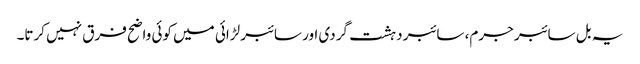
یہ بل سائبر جرم، سائبر دہشت گردی اور سائبر لڑائی میں کوئی واضح فرق نہیں کرتا۔